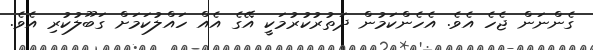
ގެންނަން ޖެހެ އެވެ. އެހެންކަމުން ދަތުރުކުރުމަކީ އޭގެ އެއް ހައްލުކަމަށް ގަބޫލުކުރި އެވެ.